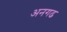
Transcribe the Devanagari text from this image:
अनगढ